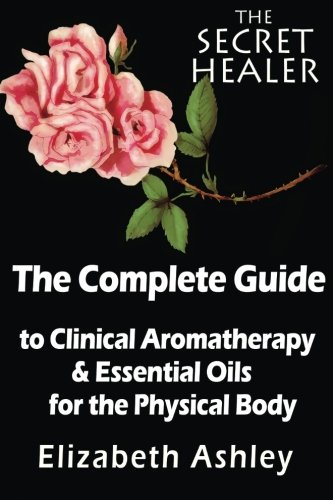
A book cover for The Complete Guide To Clinical Aromatherapy and The Essential Oils of The Physical Body: Essential Oils for Beginners (The Secret Healer ) (Volume 1); Mrs Elizabeth Ashley; Health, Fitness & Dieting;